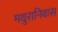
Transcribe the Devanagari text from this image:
मथुरानिवास